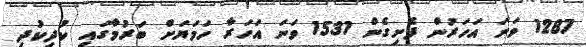
1287 ވަނަ އަހަރުން ފެށިގެން 1531 ވަނަ އަހަރާ ހަމަޔަށް ބަރުމާގައި ކުދިކުދި